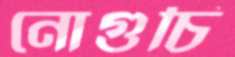
নোগুচি